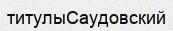
титулыСаудовский